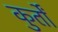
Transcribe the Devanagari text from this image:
कुर्तों